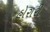
હોરારી